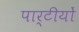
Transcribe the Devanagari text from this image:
पार्टीयों